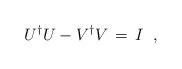
LaTeX: \begin{align*}U^\dagger U - V^\dagger V\,=\,I \;\;,\end{align*}